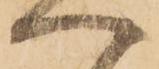
へ